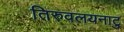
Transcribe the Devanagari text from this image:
तिरुवलयनाटु